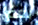
بعض